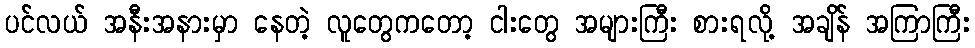
ပင်လယ် အနီးအနားမှာ နေတဲ့ လူတွေကတော့ ငါးတွေ အများကြီး စားရလို့ အချိန် အကြာကြီး